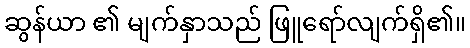
ဆွန်ယာ ၏ မျက်နှာသည် ဖြူရော်လျက်ရှိ၏။